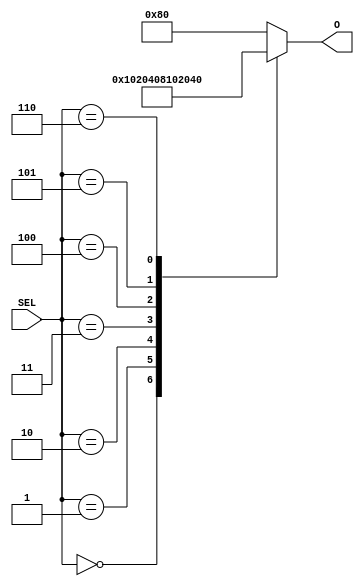
//CH2_38DECODER.V

module CH2_38DECODER(
	SEL,
	O
);

input [2:0] SEL;
output [7:0] O;

reg [7:0] O;

always @(SEL)
begin
			case(SEL)
				3'B000 : O = 8'B00000001;
				3'B001 : O = 8'B00000010;
				3'B010 : O = 8'B00000100;
				3'B011 : O = 8'B00001000;
				3'B100 : O = 8'B00010000;
				3'B101 : O = 8'B00100000;
				3'B110 : O = 8'B01000000;
				default : O = 8'B10000000;
			endcase
end

endmodule